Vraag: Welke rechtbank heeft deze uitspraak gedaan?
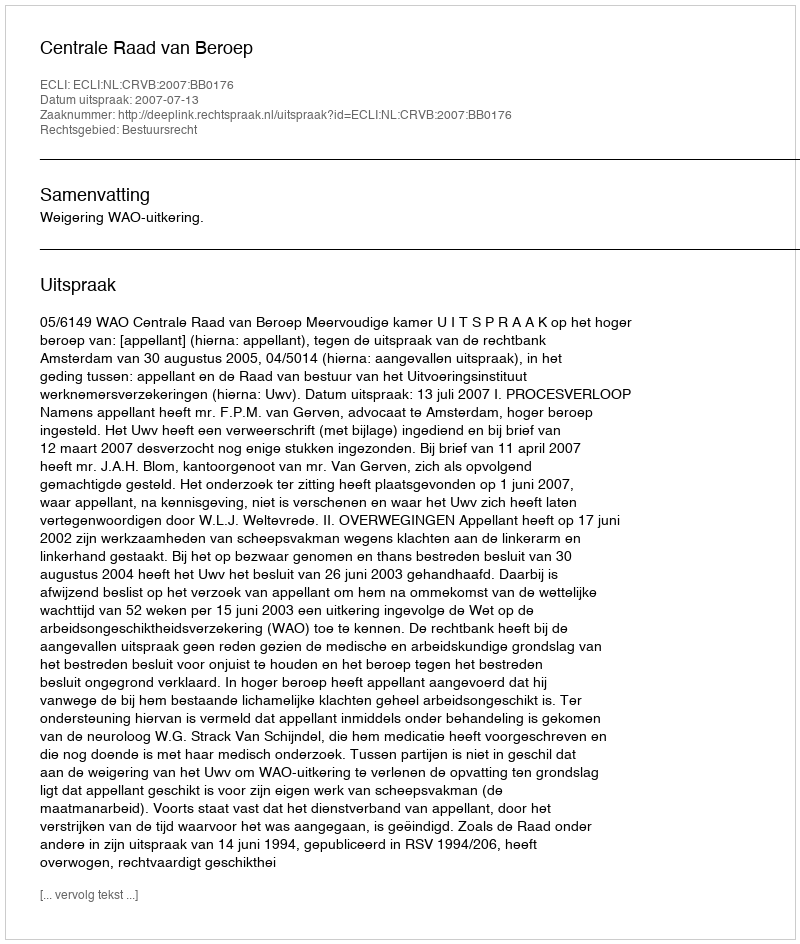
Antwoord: Centrale Raad van Beroep